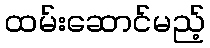
ထမ်းဆောင်မည့်